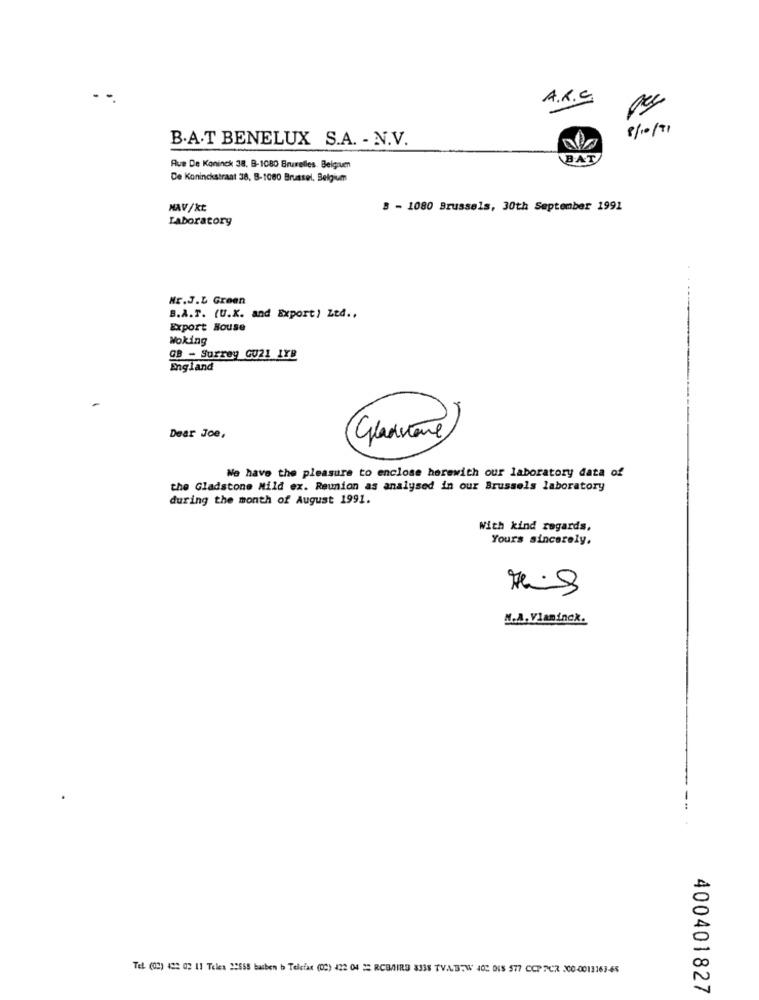
A.R.C.
8 /10/ 71
B.A.T BENELUX S.A. - N.V.
BAT
Rue De Koninck 38, B-1080 Bruxelles. Beigiuen
De Koninckstraat 38, B-1080 Brussel, Belgium
NAV/kt
8 - 1080 Brussels, 30th September 1991
Laboratory
Hr.J.L Green
B.A.T. (U.K. and Export) Ltd ..
Export House
Woking
OB - Surrey GU21 LYB
England
19
Dear Joe,
We have the pleasure to enclose herewith our laboratory data of
the Gladstone Mild ex. Reunion as analysed in our Brussels laboratory
during the month of August 1991.
With kind regards,
Yours sincerely,
N.A. Vlaminck.
Tel. (02) 422 02 11 Teles 22558 basben b Telefax (02) 422 04 22 RCBAIRS 3338 TVABTW 402 DIS 577 CCP 7CR 200-0011163-65
400401827